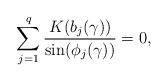
LaTeX: \begin{align*}\sum_{j=1}^q \frac{K(b_j(\gamma))}{\sin(\phi_j(\gamma))} =0,\end{align*}